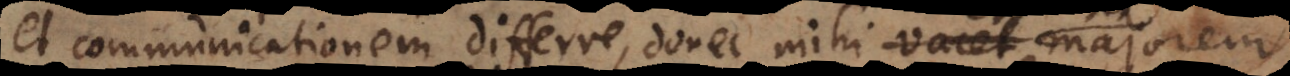
et communicationem differre, donec mihi vacet integrum